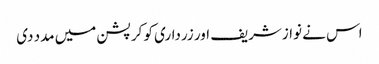
اس نے نوازشریف اور زرداری کو کرپشن میں مدد دی